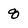
Character: 8